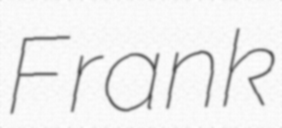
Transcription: Frank